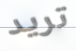
تريد